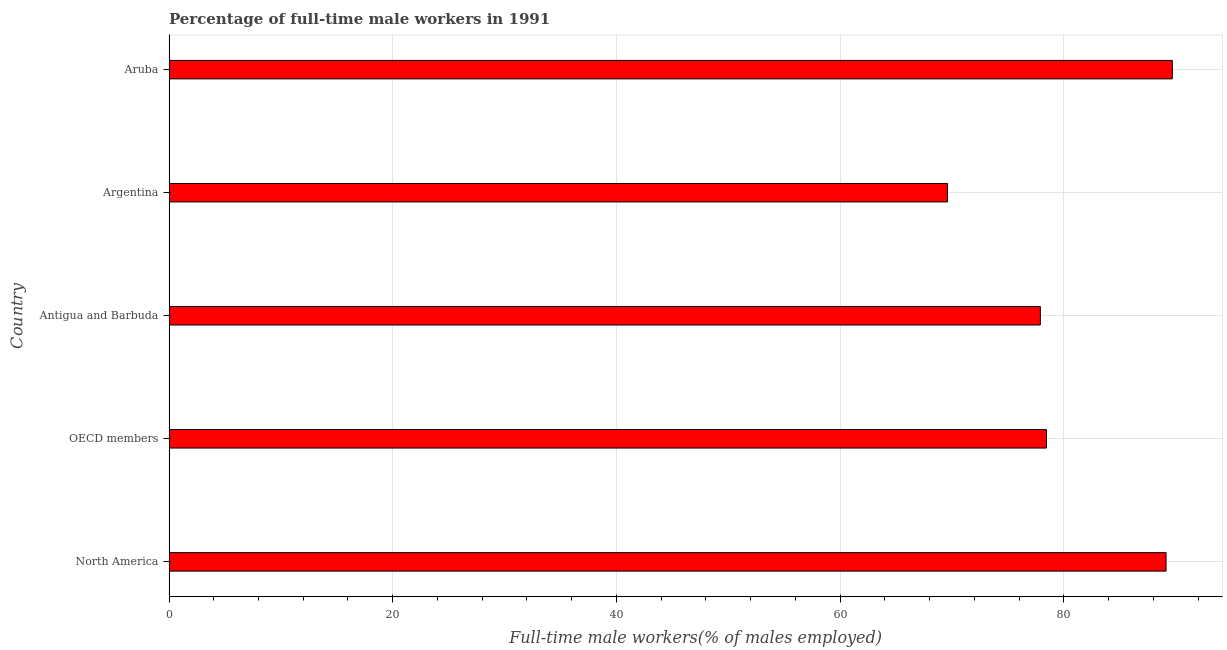
| Country | Wage and salary workers |
 | --- | --- |
 | North America | 89.1 |
 | OECD members | 78.4 |
 | Antigua and Barbuda | 77.9 |
 | Argentina | 69.6 |
 | Aruba | 89.7 |